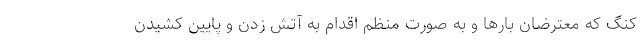
کنگ که معترضان بارها و به صورت منظم اقدام به آتش زدن و پایین کشیدن